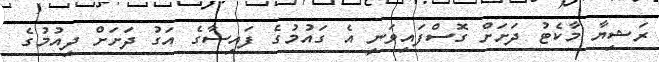
ރަޝިޔާ މާކެޓު ދަށަށް ގޮސްފައިވަނީ އެ ގައުމުގެ ފައިސާގެ އަގު ދަށަށް ދިއުމުގެ